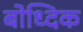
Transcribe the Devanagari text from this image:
बोध्दिक